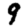
Digit: 9